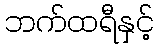
ဘက်ထရီနှင့်